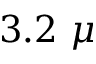
3 . 2 ~ \mu